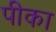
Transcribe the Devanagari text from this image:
पीका